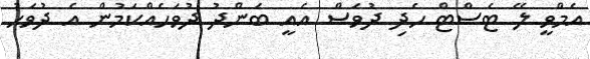
އެމްވީ ލޭ ޓެސްޓް ހެދި ދުވަސް އެއީ ބަންދު ދުވަހެއްކަމުން އެ ދުވަހު